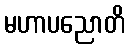
မဟာပညောတိ